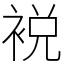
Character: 裞